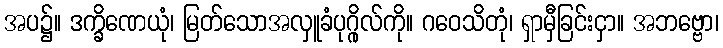
အပ၌။ ဒက္ခိဏေယုံ၊ မြတ်သောအလှူခံပုဂ္ဂိုလ်ကို။ ဂဝေသိတုံ၊ ရှာမှီခြင်းငှာ။ အဘဗ္ဗော၊